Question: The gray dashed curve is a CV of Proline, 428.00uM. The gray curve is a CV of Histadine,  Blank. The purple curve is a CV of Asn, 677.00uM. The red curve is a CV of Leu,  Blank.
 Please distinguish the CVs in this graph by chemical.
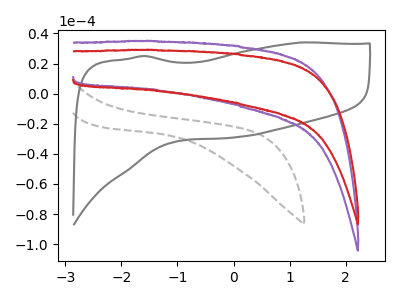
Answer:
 <answer>The gray dashed curve is labeled "Proline, 428.00uM". The gray curve is labeled "Histadine,  Blank". The purple curve is labeled "Asn, 677.00uM". The red curve is labeled "Leu,  Blank".</answer>
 <eval></eval>